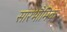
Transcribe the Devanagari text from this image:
सारभौमिक